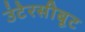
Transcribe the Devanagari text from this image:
उंटेरसीबूट